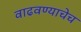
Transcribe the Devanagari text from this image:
वाढवण्याचेच